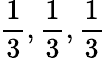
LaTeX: \frac{1}{3},\frac{1}{3},\frac{1}{3}